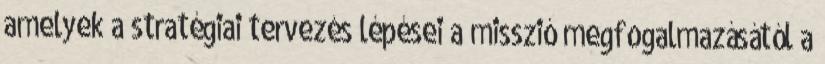
amelyek a stratégiai tervezés lépései a misszió megfogalmazásától a